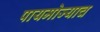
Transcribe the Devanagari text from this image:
पायमोज्याच